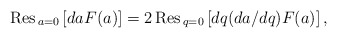
\begin{align*}{\hbox{\rm Res}}_{\,a=0}\left[daF(a)\right]= 2\,{\hbox{\rm Res}}_{\,q=0}\left[dq (da/dq) F(a)\right],\end{align*}